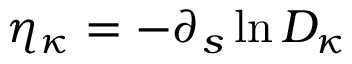
\eta _ { \kappa } = - \partial _ { s } \ln D _ { \kappa }